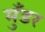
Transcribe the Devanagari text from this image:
मुँडर